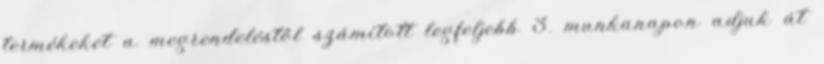
termékeket a megrendeléstől számított legfeljebb 3. munkanapon adjuk át